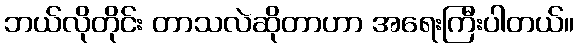
ဘယ်လိုတိုင်း တာသလဲဆိုတာဟာ အရေးကြီးပါတယ်။